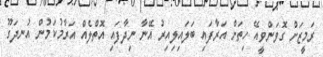
ރަމީޒަށް ގޮވަންވީއޭ ހިތަށް އަރާފައި ބަލައިލިއިރު އޭނާ ނިދާފައި އޮތްލެއް އަރާމުކަމުން އުނދަގޫ